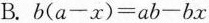
B.$$b(a-x)=ab-bx$$